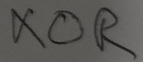
Text: XOR